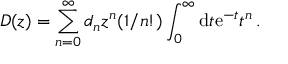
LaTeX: D ( z ) = \sum _ { n = 0 } ^ { \infty } d _ { n } z ^ { n } ( 1 / n ! ) \int _ { 0 } ^ { \infty } \mathrm { d } t \mathrm { e } ^ { - t } t ^ { n } \, .